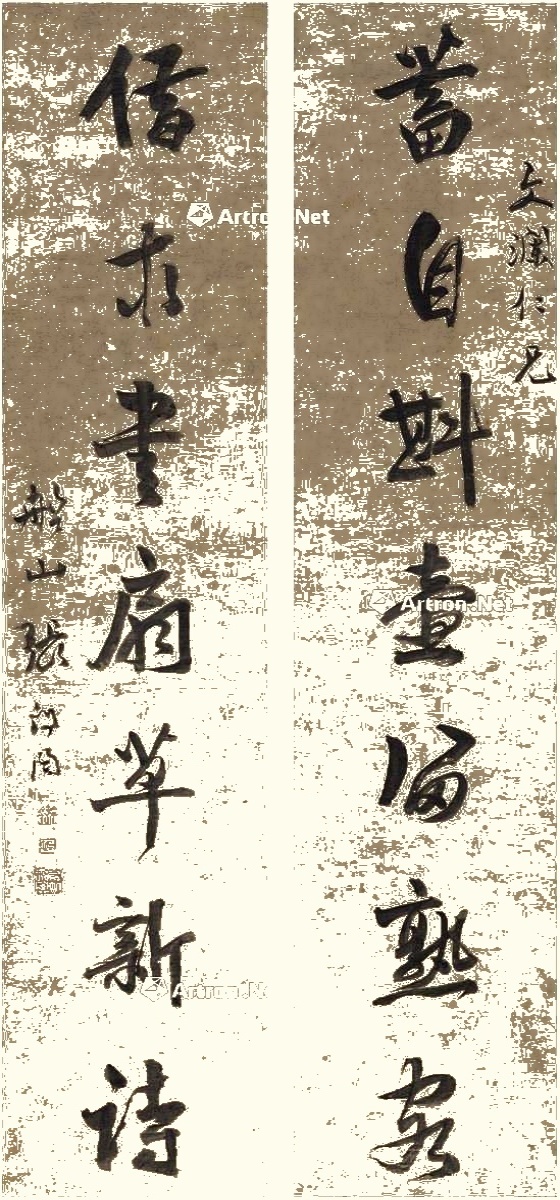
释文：蓄自斟壶留熟客，借求书扇草新诗。文澜仁兄。船山张问陶。